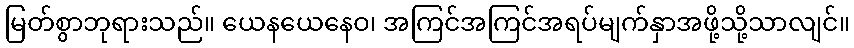
မြတ်စွာဘုရားသည်။ ယေနယေနေဝ၊ အကြင်အကြင်အရပ်မျက်နှာအဖို့သို့သာလျင်။